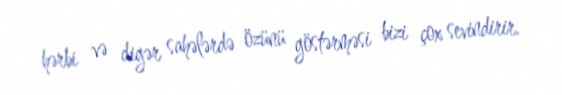
hərbi və digər sahələrdə özünü göstərməsi bizi çox sevindirir.